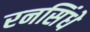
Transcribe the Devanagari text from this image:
रनसिंधे